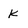
Character: K